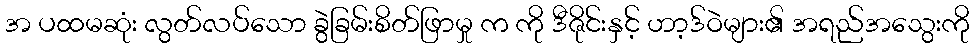
အ ပထမဆုံး လွတ်လပ်သော ခွဲခြမ်းစိတ်ဖြာမှု က ကို ဒီဇိုင်းနှင့် ဟာ့ဒ်ဝဲများ၏ အရည်အသွေးကို